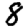
Digit: 8